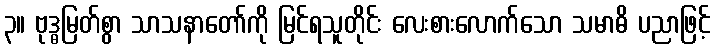
၃။ ဗုဒ္ဓမြတ်စွာ သာသနာတော်ကို မြင်ရသူတိုင်း လေးစားလောက်သော သမာဓိ ပညာဖြင့်